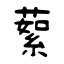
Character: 蕠